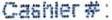
CASHIER #: